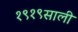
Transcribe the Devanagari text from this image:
१९१९साली